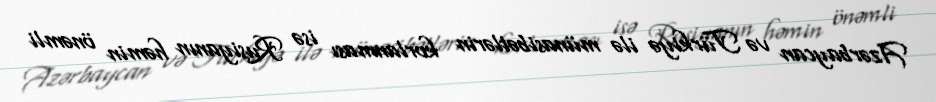
Azərbaycan və Türkiyə ilə münasibətlərin korlanması isə Rusiyanın həmin önəmli